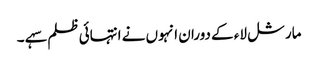
مارشل لاء کے دوران انہوں نے انتہائی ظلم سہے ۔